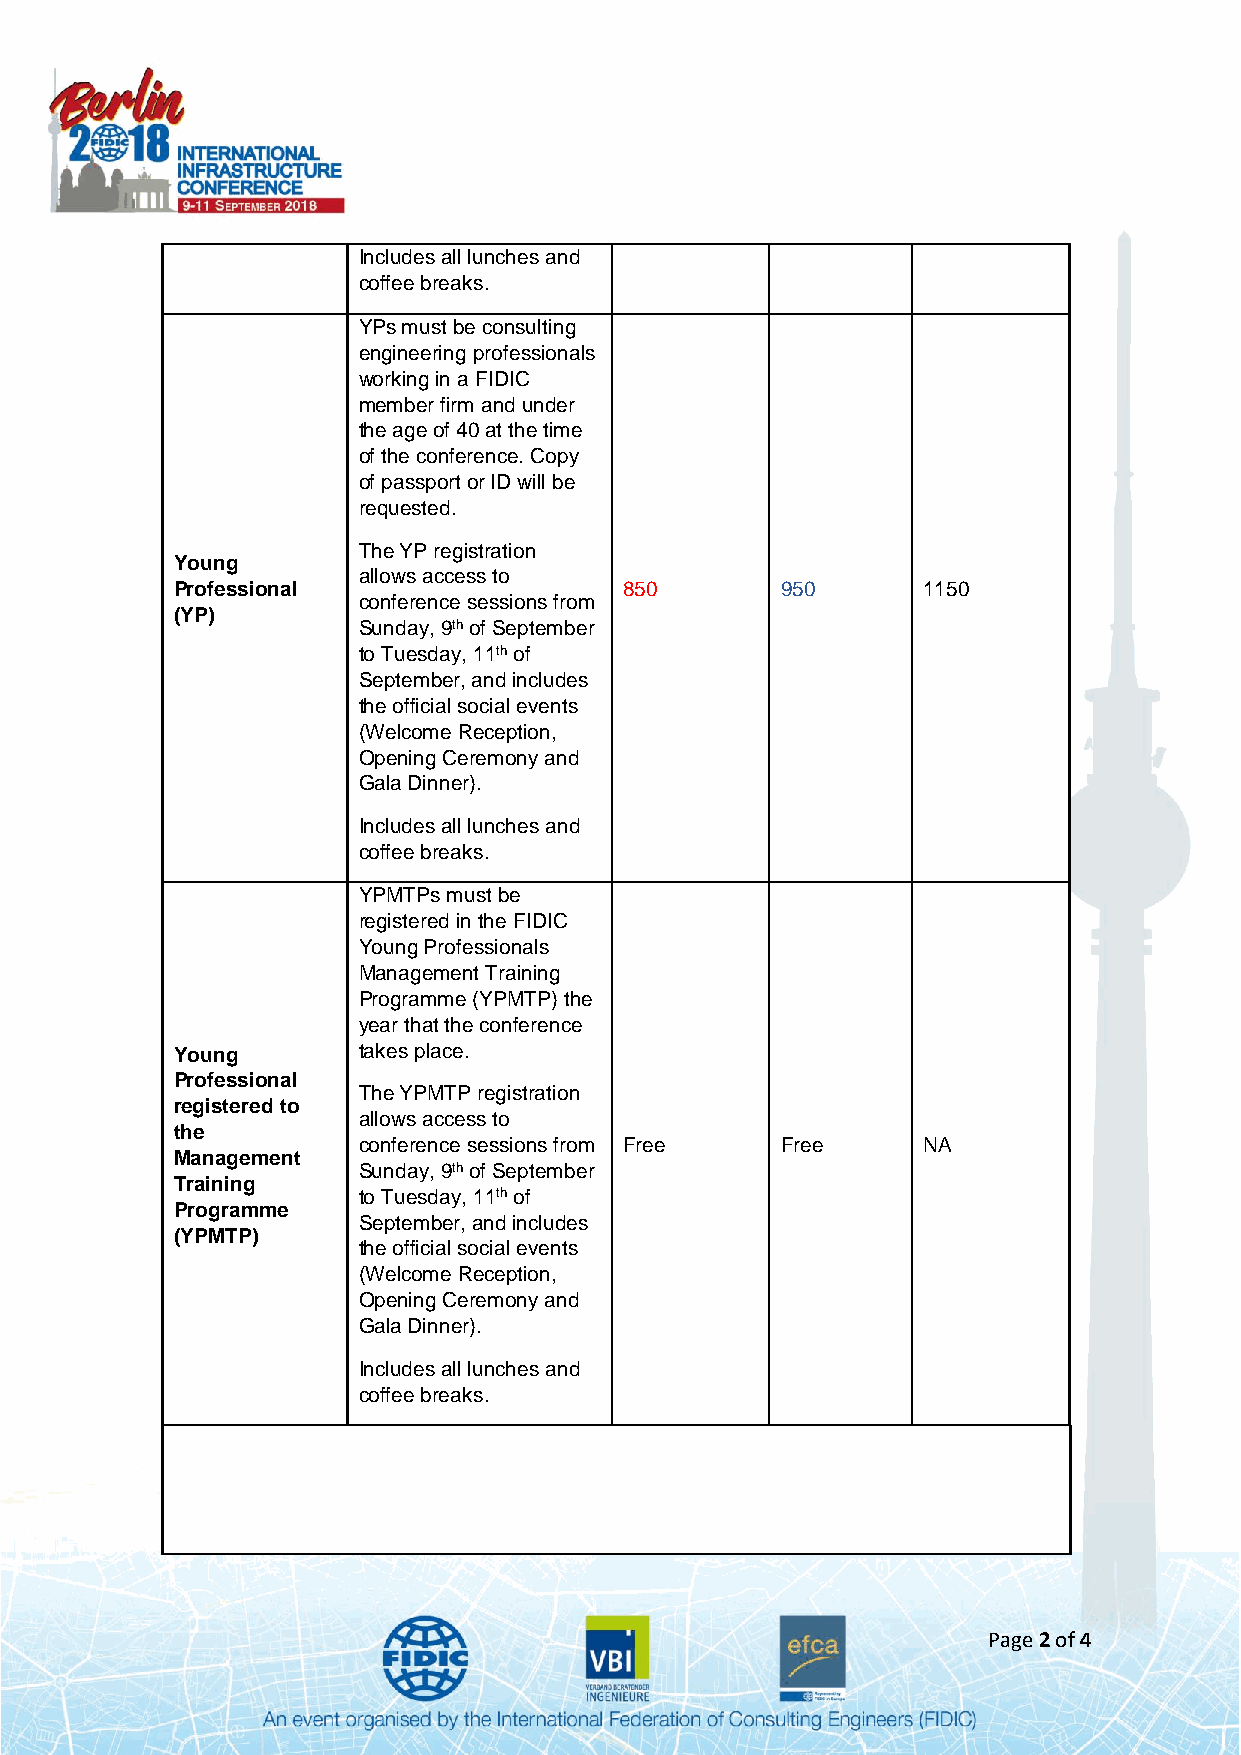
Includes all lunches and
 coffee breaks.
 YPs must be consulting
 engineering professionals
 working in a FIDIC
 member firm and under
 the age of 40 at the time
 of the conference. Copy
 of passport or ID will be
 requested.
 The YP registration
 Young
 allows access to
 Professional                  850        950      1150
 conference sessions from
 (YP)
 Sunday, 9th of September
 to Tuesday, 11th of
 September, and includes
 the official social events
 (Welcome Reception,
 Opening Ceremony and
 Gala Dinner).
 Includes all lunches and
 coffee breaks.
 YPMTPs must be
 registered in the FIDIC
 Young Professionals
 Management Training
 Programme (YPMTP) the
 year that the conference
 Young        takes place.
 Professional
 The YPMTP registration
 registered to
 allows access to
 the
 conference sessions from Free Free   NA
 Management
 Sunday, 9th of September
 Training
 to Tuesday, 11th of
 Programme
 September, and includes
 (YPMTP)
 the official social events
 (Welcome Reception,
 Opening Ceremony and
 Gala Dinner).
 Includes all lunches and
 coffee breaks.
 Page 2 of 4